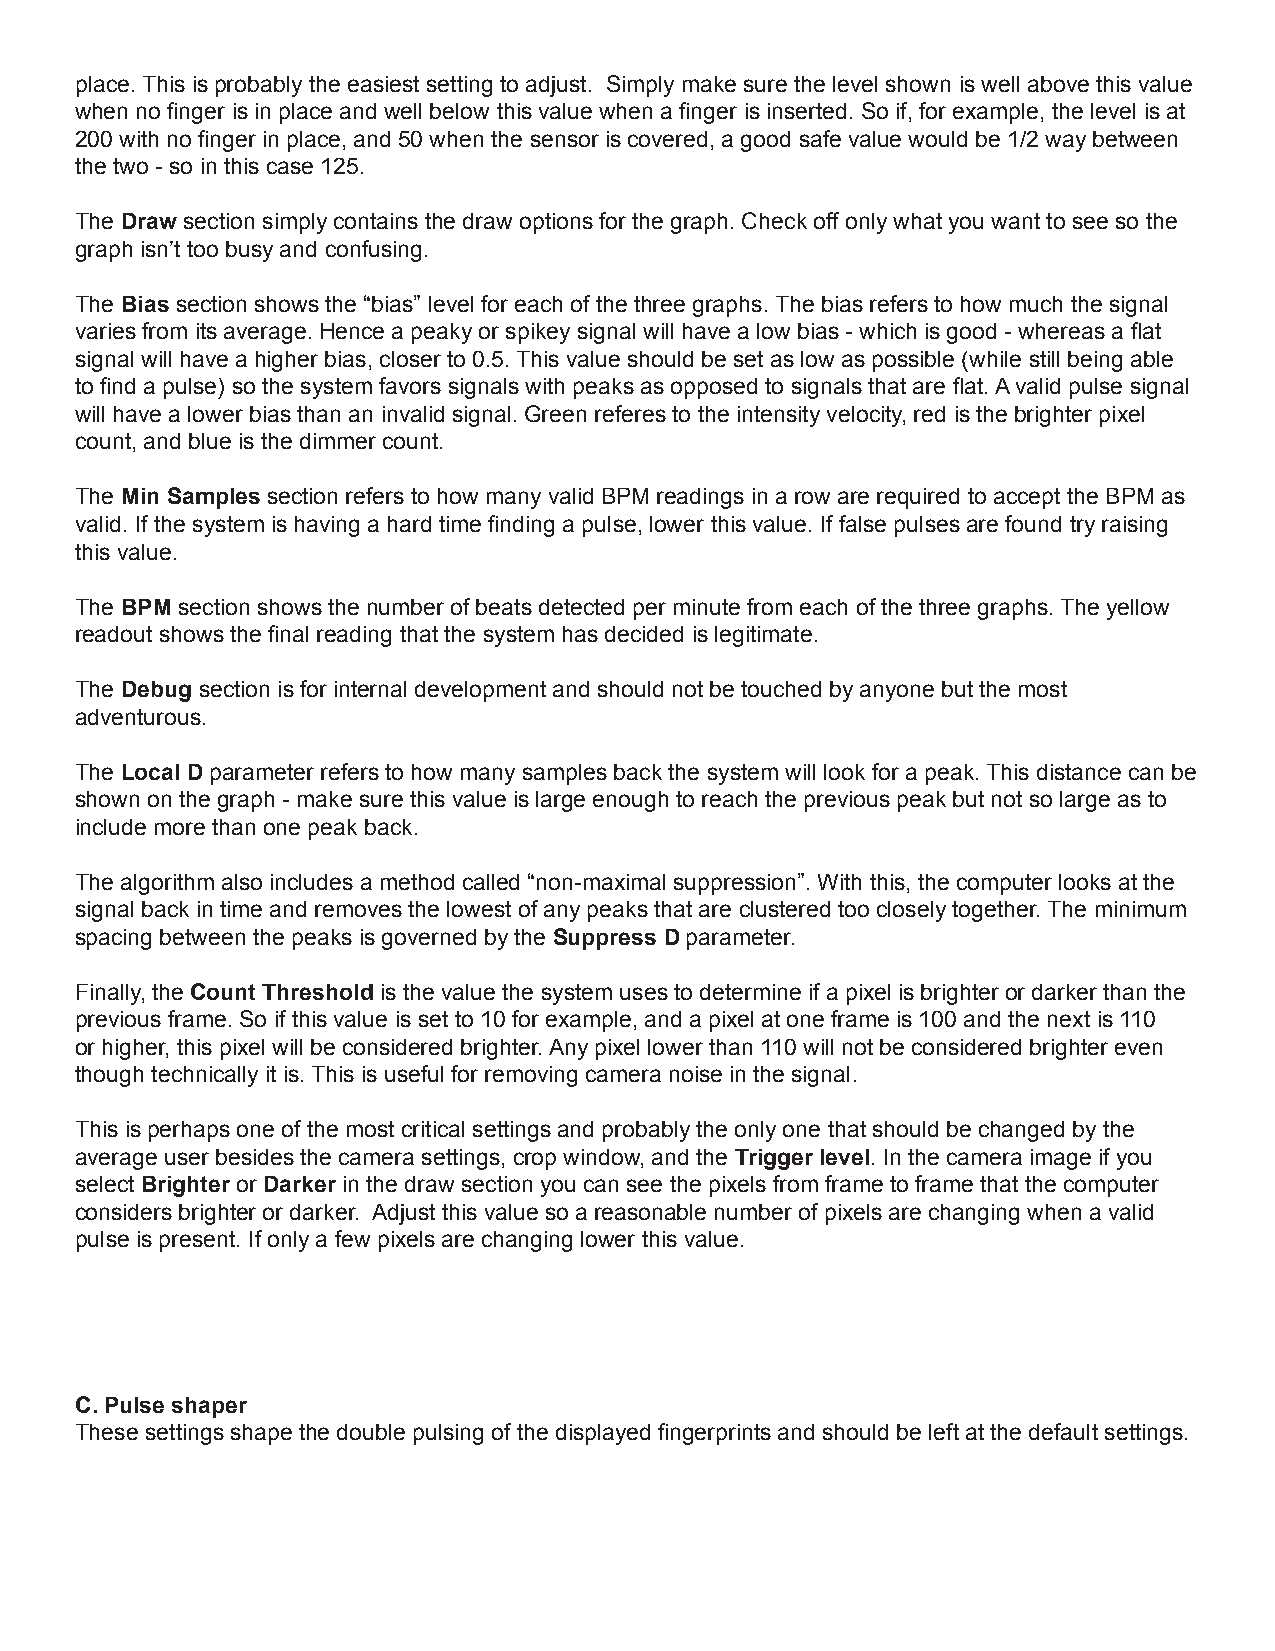
place. This is probably the easiest setting to adjust. Simply make sure the level shown is well above this value
 when no finger is in place and well below this value when a finger is inserted. So if, for example, the level is at
 200 with no finger in place, and 50 when the sensor is covered, a good safe value would be 1/2 way between
 the two - so in this case 125.
 The Draw section simply contains the draw options for the graph. Check off only what you want to see so the
 graph isn’t too busy and confusing.
 The Bias section shows the “bias” level for each of the three graphs. The bias refers to how much the signal
 varies from its average. Hence a peaky or spikey signal will have a low bias - which is good - whereas a flat
 signal will have a higher bias, closer to 0.5. This value should be set as low as possible (while still being able
 to find a pulse) so the system favors signals with peaks as opposed to signals that are flat. A valid pulse signal
 will have a lower bias than an invalid signal. Green referes to the intensity velocity, red is the brighter pixel
 count, and blue is the dimmer count.
 The Min Samples section refers to how many valid BPM readings in a row are required to accept the BPM as
 valid. If the system is having a hard time finding a pulse, lower this value. If false pulses are found try raising
 this value.
 The BPM section shows the number of beats detected per minute from each of the three graphs. The yellow
 readout shows the final reading that the system has decided is legitimate.
 The Debug section is for internal development and should not be touched by anyone but the most
 adventurous.
 The Local D parameter refers to how many samples back the system will look for a peak. This distance can be
 shown on the graph - make sure this value is large enough to reach the previous peak but not so large as to
 include more than one peak back.
 The algorithm also includes a method called “non-maximal suppression”. With this, the computer looks at the
 signal back in time and removes the lowest of any peaks that are clustered too closely together. The minimum
 spacing between the peaks is governed by the Suppress D parameter.
 Finally, the Count Threshold is the value the system uses to determine if a pixel is brighter or darker than the
 previous frame. So if this value is set to 10 for example, and a pixel at one frame is 100 and the next is 110
 or higher, this pixel will be considered brighter. Any pixel lower than 110 will not be considered brighter even
 though technically it is. This is useful for removing camera noise in the signal.
 This is perhaps one of the most critical settings and probably the only one that should be changed by the
 average user besides the camera settings, crop window, and the Trigger level. In the camera image if you
 select Brighter or Darker in the draw section you can see the pixels from frame to frame that the computer
 considers brighter or darker. Adjust this value so a reasonable number of pixels are changing when a valid
 pulse is present. If only a few pixels are changing lower this value.
 C. Pulse shaper
 These settings shape the double pulsing of the displayed fingerprints and should be left at the default settings.